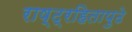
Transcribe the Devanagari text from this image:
राष्ट्रहितापुढे